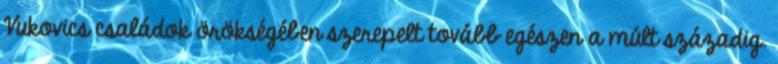
Vukovics családok örökségében szerepelt tovább egészen a múlt századig.